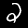
Digit: 2